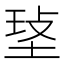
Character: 𤥷